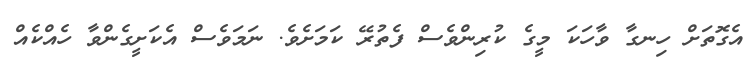
އެގޮތަށް ހިނގާ ވާހަކަ މީގެ ކުރިންވެސް ފެތުރޭ ކަމަށެވެ. ނަމަވެސް އެކަށީގެންވާ ހެއްކެއް